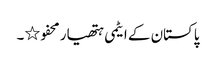
پاکستان کے ایٹمی ہتھیار محفو٭۔